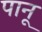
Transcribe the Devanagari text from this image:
पानू